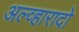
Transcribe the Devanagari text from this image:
अल्व्हारादो